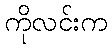
ကိုလင်းက